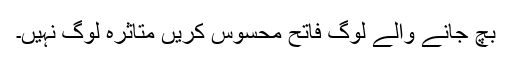
بچ جانے والے لوگ فاتح محسوس کریں متاثرہ لوگ نہیں۔